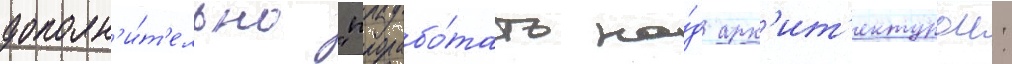
дополн'и́т'ельно "прорабо́тать на́д арх'ит'ектурои: